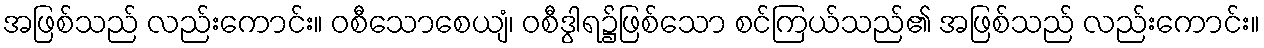
အဖြစ်သည် လည်းကောင်း။ ဝစီသောစေယျံ၊ ဝစီဒွါရ၌ဖြစ်သော စင်ကြယ်သည်၏ အဖြစ်သည် လည်းကောင်း။